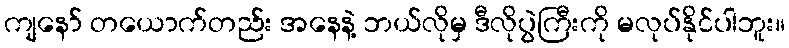
ကျနော် တယောက်တည်း အနေနဲ့ ဘယ်လိုမှ ဒီလိုပွဲကြီးကို မလုပ်နိုင်ပါဘူး။